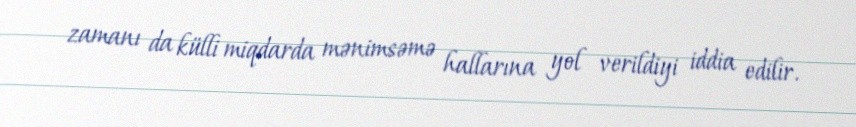
zamanı da külli miqdarda mənimsəmə hallarına yol verildiyi iddia edilir.